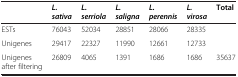
<table><thead><tr><td><b> </b></td><td><b><i>L. sativa</i></b></td><td><b><i>L. serriola</i></b></td><td><b><i>L. saligna</i></b></td><td><b><i>L. perennis</i></b></td><td><b><i>L. virosa</i></b></td><td><b>Total</b></td></tr></thead><tbody><tr><td>ESTs</td><td>76043</td><td>52034</td><td>28851</td><td>28066</td><td>28335</td><td> </td></tr><tr><td>Unigenes</td><td>29417</td><td>22327</td><td>11990</td><td>12661</td><td>12733</td><td> </td></tr><tr><td>Unigenes after filtering</td><td>26809</td><td>4065</td><td>1391</td><td>1686</td><td>1686</td><td>35637</td></tr></tbody></table>